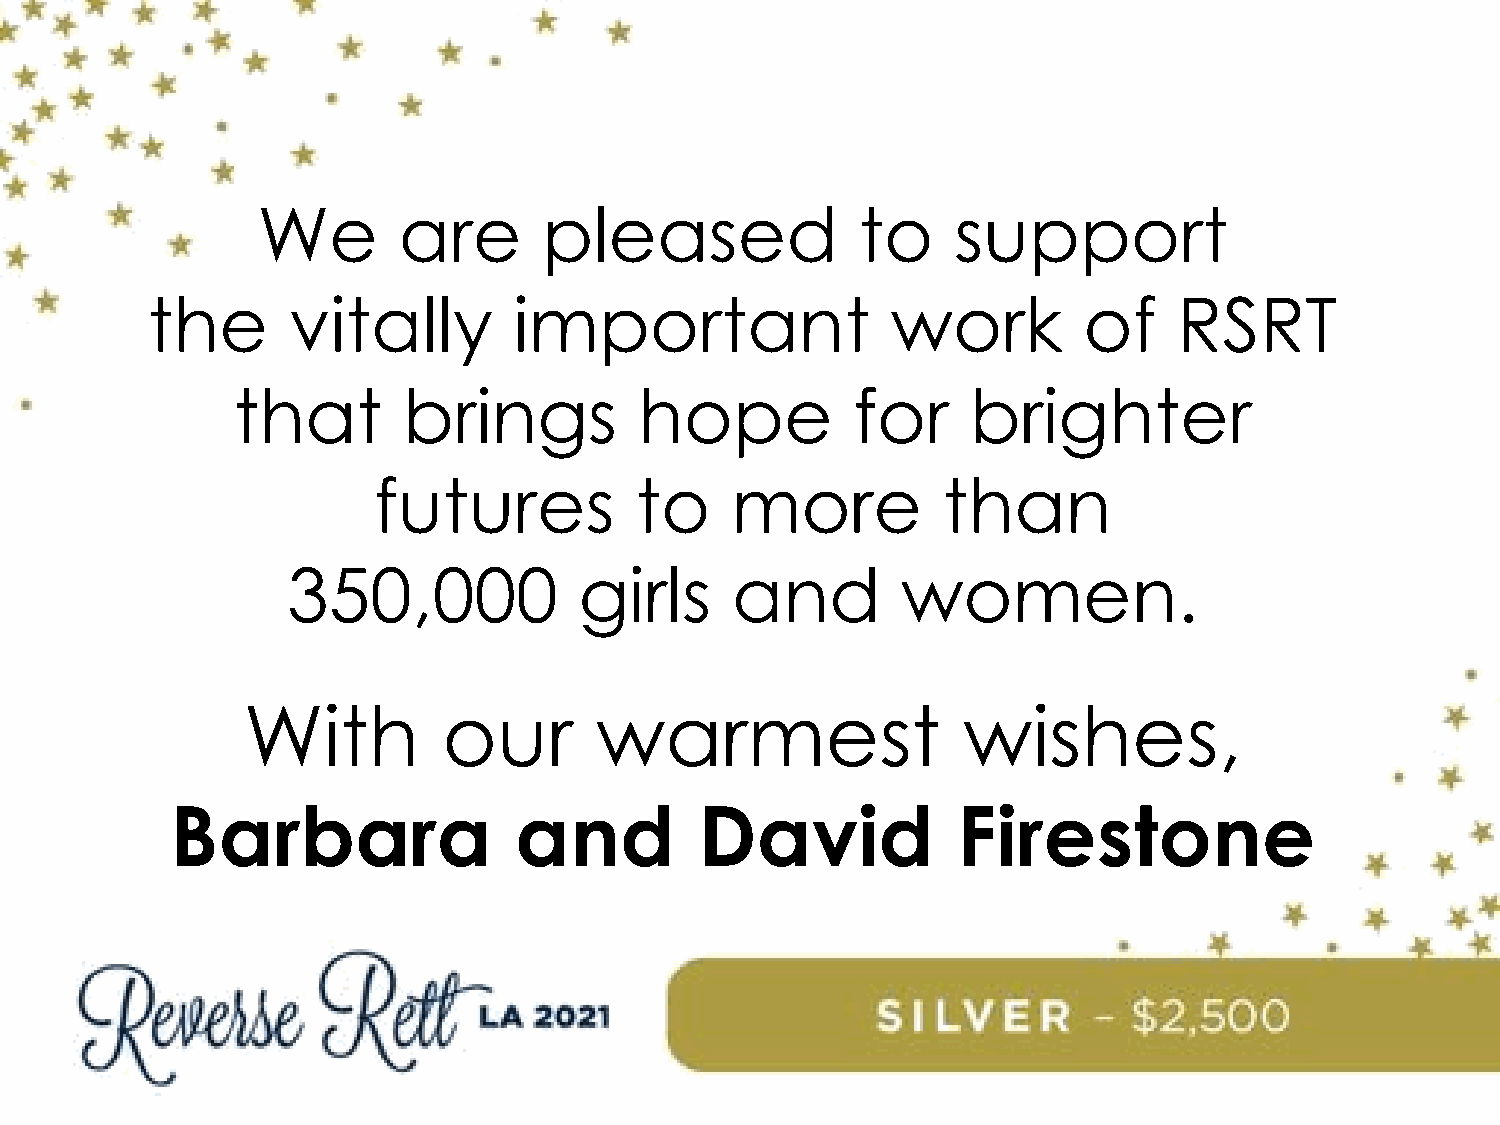
We       are       pleased              to    support
 the      vitally        important                work         of    RSRT
 that        brings         hope           for    brighter
 futures          to    more          than
 350,000            girls     and         women.
 With         our       warmest                  wishes,
 Barbara                and         David            Firestone